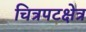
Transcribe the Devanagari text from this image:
चित्रपटक्षेत्र